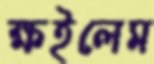
ক্ষইলেম